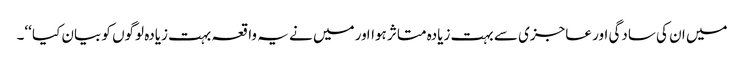
میں ان کی سادگی اور عاجزی سے بہت زیادہ متاثر ہوااور میں نے یہ واقعہ بہت زیادہ لوگوں کو بیان کیا ‘‘۔